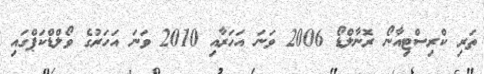
ތަރި ކްރިސްޓިއާނޯ ރޮނާލްޑޯ 2006 ވަނަ އަހަރާއި 2010 ވަނަ އަހަރުގެ ވޯލްޑްކަޕްގައި